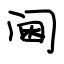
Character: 阃